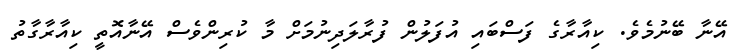
އޭނާ ބޭނުމެވެ. ކިއާރާގެ ފަސްބައި އުފަލުން ފުރާލަދިނުމަށް މާ ކުރިންވެސް އޭނާއޮތީ ކިއާރާގާތު